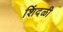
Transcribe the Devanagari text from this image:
शिंदळी